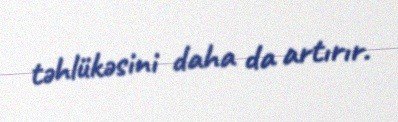
təhlükəsini daha da artırır.